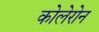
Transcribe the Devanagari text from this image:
कोलेरोन